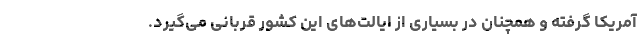
آمریکا گرفته و همچنان در بسیاری از ایالت‌های این کشور قربانی می‌گیرد.